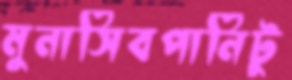
মুনাসিবপানিটু